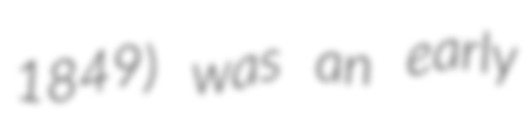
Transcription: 1849) was an early